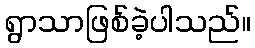
ရွာသာဖြစ်ခဲ့ပါသည်။